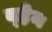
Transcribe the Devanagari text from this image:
व्‍हेन